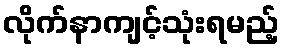
လိုက်နာကျင့်သုံးရမည့်